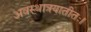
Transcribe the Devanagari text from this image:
अवस्थात्रयातीतः।